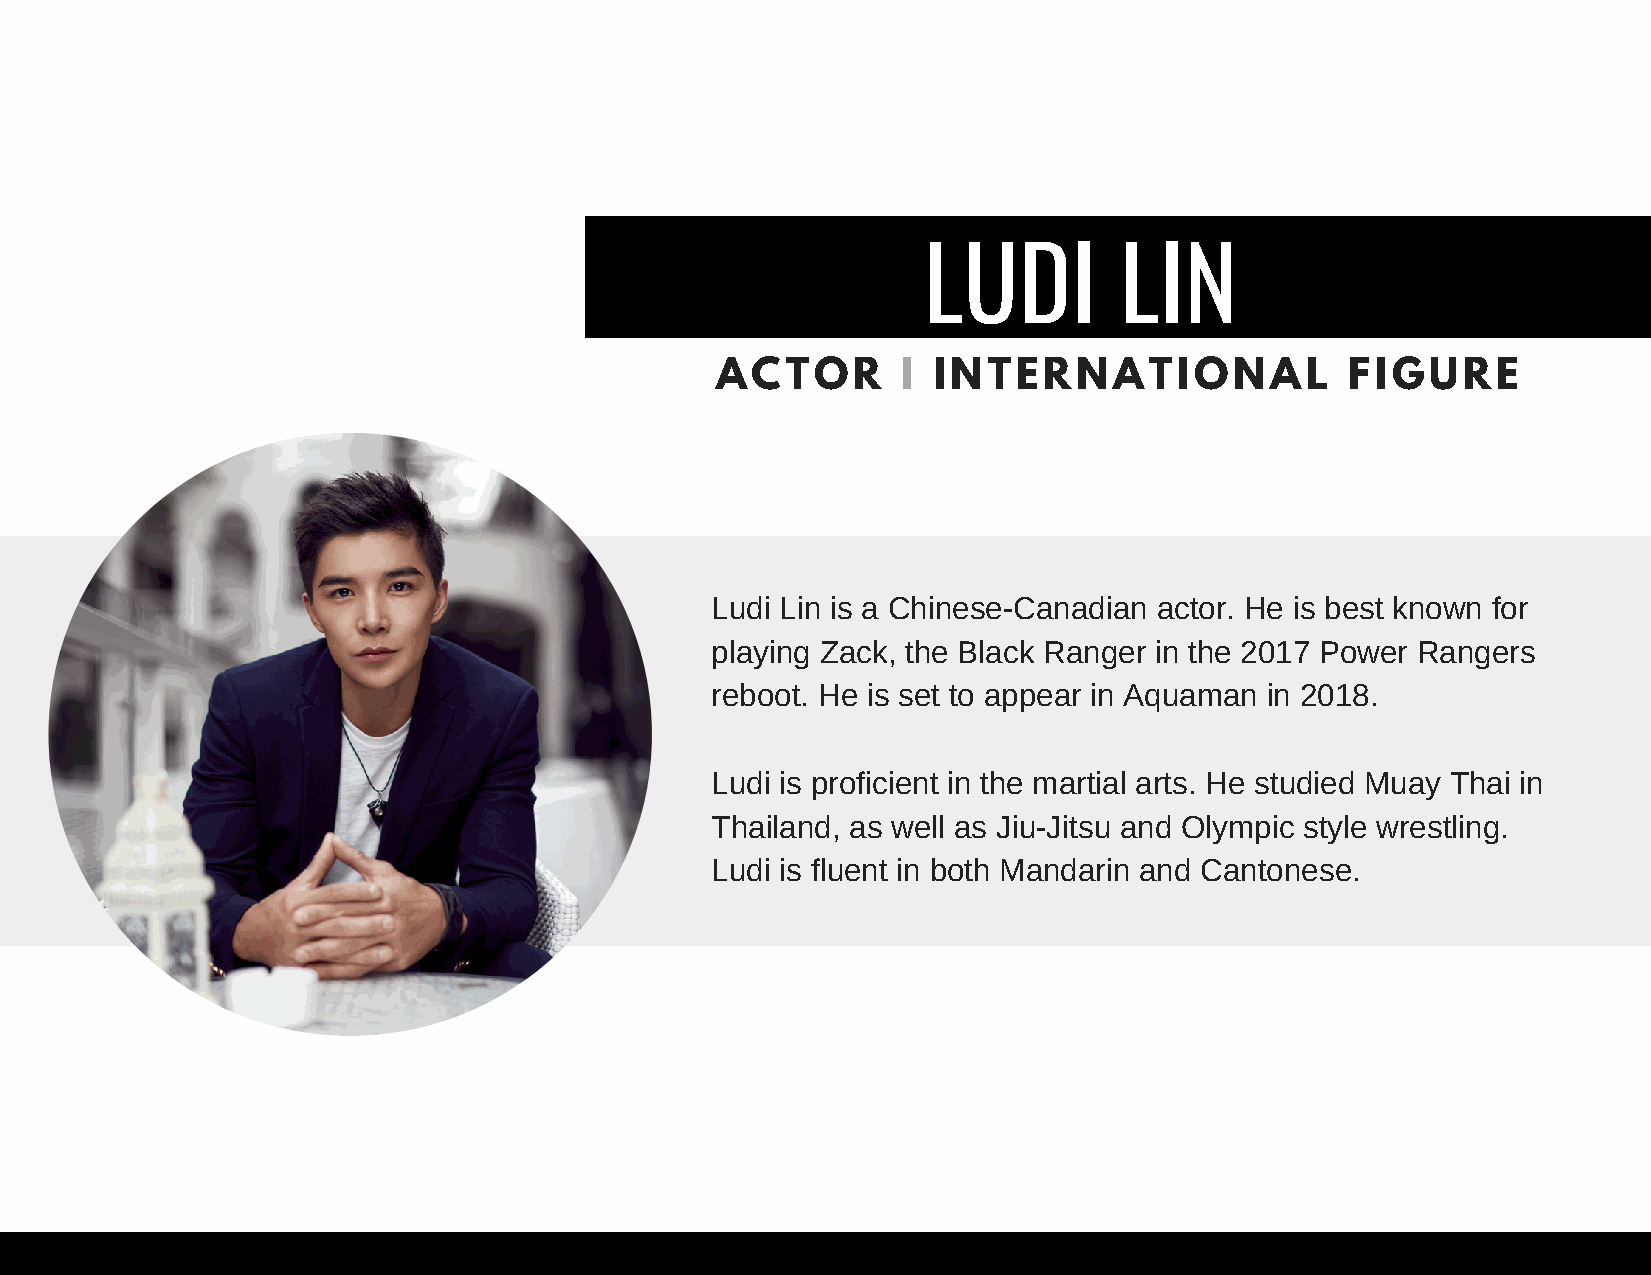
LUDI         LIN
 ACTOR        I INTERNATIONAL              FIGURE
 Ludi Lin is a Chinese-Canadian actor. He is best known for
 playing Zack, the Black Ranger in the 2017 Power Rangers
 reboot. He is set to appear in Aquaman in 2018.
 Ludi is proficient in the martial arts. He studied Muay Thai in
 Thailand, as well as Jiu-Jitsu and Olympic style wrestling.
 Ludi is fluent in both Mandarin and Cantonese.